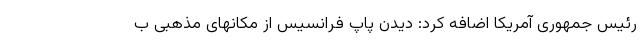
رئیس جمهوری آمریکا اضافه کرد: دیدن پاپ فرانسیس از مکانهای مذهبی ب